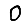
Digit: 0